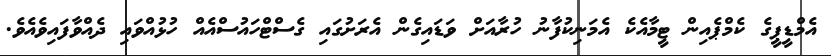
އެމްޑީޕީގެ ކެމްޕެއިން ޓީމާއެކެ އެމަނިކުފާނު ހުރާއަށް ވަޑައިގެން އެރަށުގައި ގެސްޓްހައުސްއެއް ހުޅުއްވައި ދެއްވާފައިވެއެވެ.